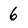
Character: 6